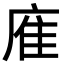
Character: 㢈